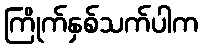
ကြိုက်နှစ်သက်ပါက